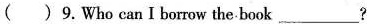
( ) 9.Who can I borrow the book___?